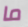
ما